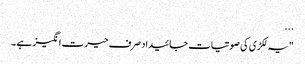
...
"یہ لکڑی کی صوتیات جائیداد صرف حیرت انگیز ہے ۔